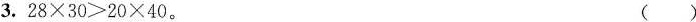
3.$$28\times 30>20\times 40$$。 ( )